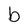
Character: b